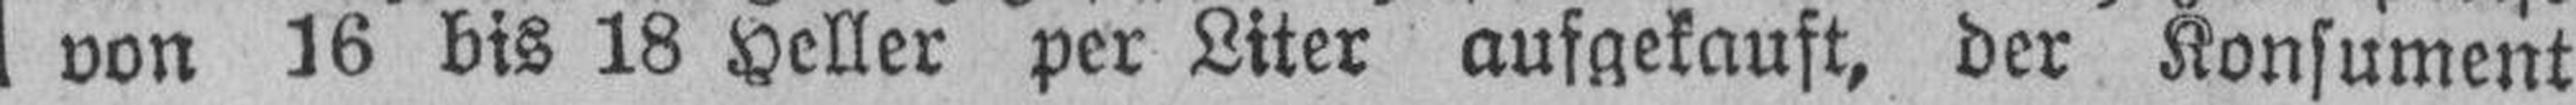
von 16 bis 18 Heller per Liter aufgekauft, der Konsument